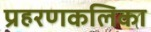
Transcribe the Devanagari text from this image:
प्रहरणकलिका